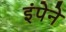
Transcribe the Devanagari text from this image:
इंपेने